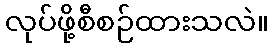
လုပ်ဖို့စီစဉ်ထားသလဲ။